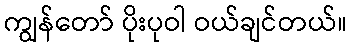
ကျွန်တော် ပိုးပုဝါ ဝယ်ချင်တယ်။